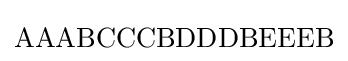
\mathrm {AAABCCCBDDDBEEEB}